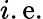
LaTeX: i.\mathrm{e}.